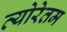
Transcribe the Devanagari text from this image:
त्योरेतम